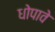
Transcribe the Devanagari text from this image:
धोपावे